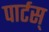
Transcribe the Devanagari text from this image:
पार्टस्